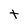
Character: t